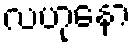
လဟုနော